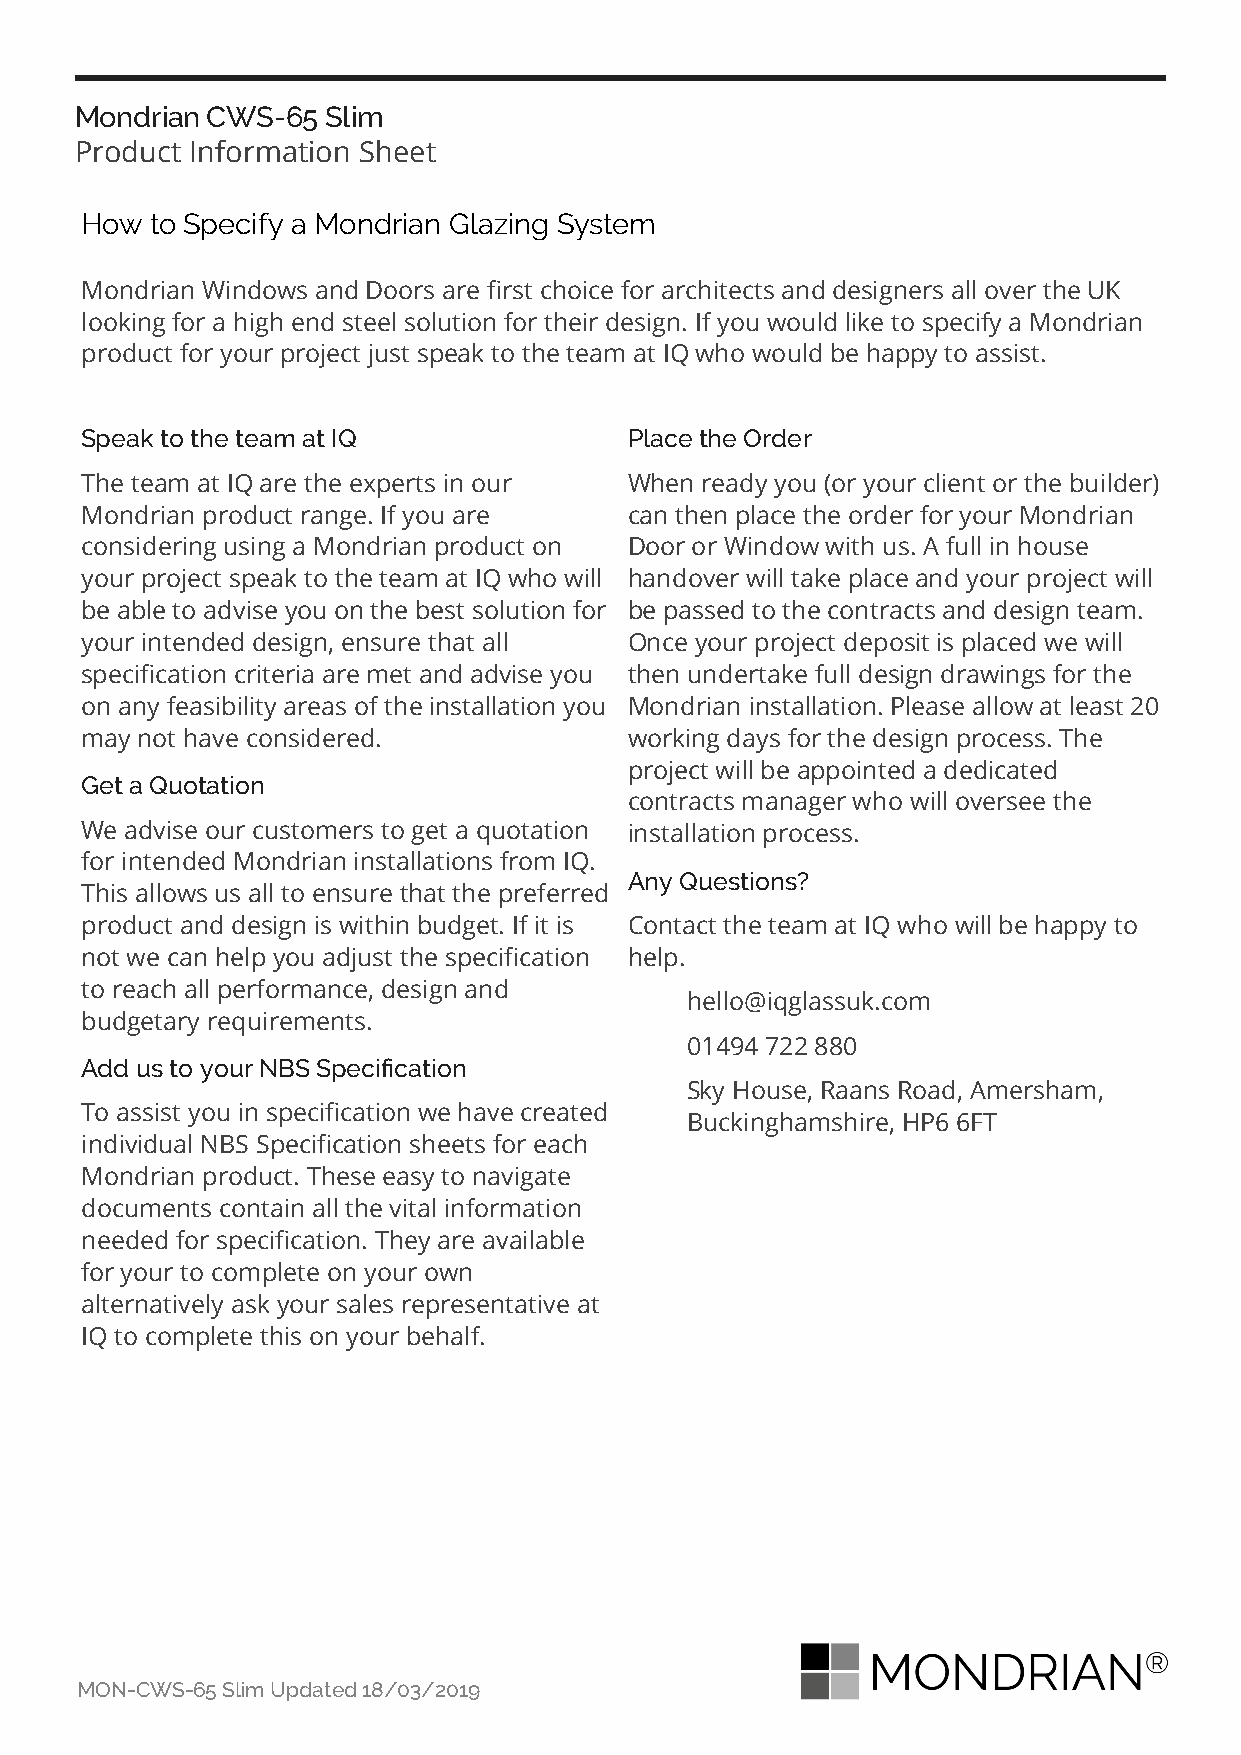
Mondrian CWS-65  Slim
 Product Information Sheet
 How  to Specify a Mondrian Glazing System
 Mondrian Windows and Doors are first choice for architects and designers all over the UK
 looking for a high end steel solution for their design. If you would like to specify a Mondrian
 product for your project just speak to the team at IQ who would be happy to assist.
 Speak to the team at IQ              Place the Order
 The team at IQ are the experts in our When ready you (or your client or the builder)
 Mondrian product range. If you are   can then place the order for your Mondrian
 considering using a Mondrian product on Door or Window with us. A full in house
 your project speak to the team at IQ who will handover will take place and your project will
 be able to advise you on the best solution for be passed to the contracts and design team.
 your intended design, ensure that all Once your project deposit is placed we will
 specification criteria are met and advise you then undertake full design drawings for the
 on any feasibility areas of the installation you Mondrian installation. Please allow at least 20
 may not have considered.             working days for the design process. The
 project will be appointed a dedicated
 Get a Quotation
 contracts manager who will oversee the
 We advise our customers to get a quotation installation process.
 for intended Mondrian installations from IQ.
 Any Questions?
 This allows us all to ensure that the preferred
 product and design is within budget. If it is Contact the team at IQ who will be happy to
 not we can help you adjust the specification help.
 to reach all performance, design and
 hello@iqglassuk.com
 budgetary requirements.
 01494 722 880
 Add us to your NBS Specification
 Sky House, Raans Road, Amersham,
 To assist you in specification we have created
 Buckinghamshire, HP6 6FT
 individual NBS Specification sheets for each
 Mondrian product. These easy to navigate
 documents contain all the vital information
 needed for specification. They are available
 for your to complete on your own
 alternatively ask your sales representative at
 IQ to complete this on your behalf.
 MON-CWS-65 Slim Updated 18/03/2019